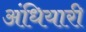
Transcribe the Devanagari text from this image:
अंधियारी